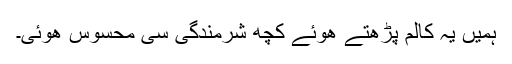
ہمیں یہ کالم پڑھتے ھوئے کچھ شرمندگی سی محسوس ھوئی۔